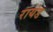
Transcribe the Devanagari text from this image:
रायंड